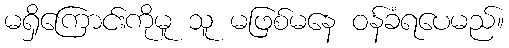
မရှိကြောင်းကိုမူ သူ မဖြစ်မနေ ဝန်ခံရပေမည်။